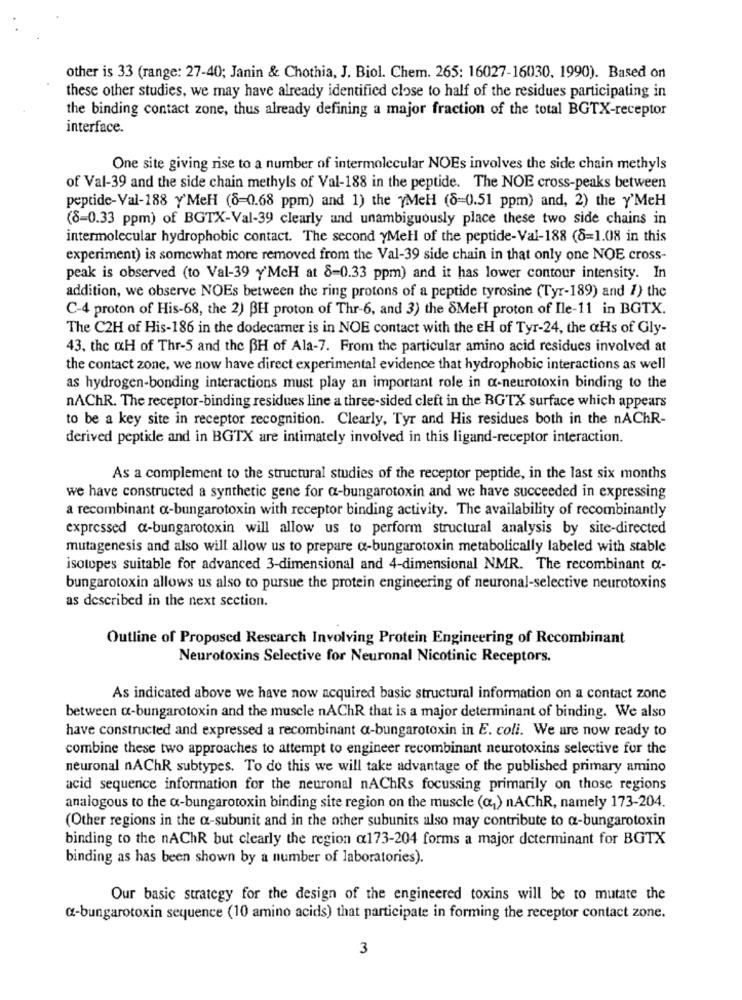
other is 33 (range: 27-40; Janin & Chothia, J. Biol. Chem. 265: 16027-16030. 1990). Based on
these other studies, we may have already identified close to half of the residues participating in
the binding contact zone, thus already defining a major fraction of the total BGTX-receptor
interface.
One site giving rise to a number of intermolecular NOEs involves the side chain methyls
of Val-39 and the side chain methyls of Val-188 in the peptide. The NOE cross-peaks between
peptide-Val-188 Y'MeH (8=0.68 ppm) and 1) the yMeH (8=0.51 ppm) and, 2) the Y'MeH
(8=0.33 ppm) of BGTX-Val-39 clearly and unambiguously place these two side chains in
intermolecular hydrophobic contact. The second yMell of the peptide-Val-188 (8=1.08 in this
experiment) is somewhat more removed from the Val-39 side chain in that only one NOE cross-
peak is observed (to Val-39 y'McH at 8=0.33 ppm) and it has lower contour intensity. In
addition, we observe NOEs between the ring protons of a peptide tyrosine (Tyr-189) and 1) the
C-4 proton of His-68, the 2) BH proton of Thr-6, and 3) the SMeH proton of Ile-11 in BGTX.
The C2H of His-186 in the dodecamer is in NOE contact with the EH of Tyr-24, the aHs of Gly-
43. the QH of Thr-5 and the BH of Ala-7. From the particular amino acid residues involved at
the contact zone, we now have direct experimental evidence that hydrophobic interactions as well
as hydrogen-bonding interactions must play an important role in a-neurotoxin binding to the
nAChR. The receptor-binding residues line a three-sided cleft in the RGTX surface which appears
to be a key site in receptor recognition. Clearly, Tyr and His residues both in the nAChR-
derived peptide and in BGTX are intimately involved in this ligand-receptor interaction.
As a complement to the structural studies of the receptor peptide, in the last six months
we have constructed a synthetic gene for a-bungarotoxin and we have succeeded in expressing
a recombinant a-bungarotoxin with receptor binding activity. The availability of recombinantly
expressed a-bungarotoxin will allow us to perform structural analysis by site-directed
mutagenesis and also will allow us to prepare o-bungarotoxin metabolically labeled with stable
isotopes suitable for advanced 3-dimensional and 4-dimensional NMR. The recombinant a-
bungarotoxin allows us also to pursue the protein engineering of neuronal-selective neurotoxins
as described in the next section.
Outline of Proposed Rescarch Involving Protein Engineering of Recombinant
Neurotoxins Selective for Neuronal Nicotinic Receptors.
As indicated above we have now acquired basic structural information on a contact zone
between a-bungarotoxin and the muscle nAChR that is a major determinant of binding. We also
have constructed and expressed a recombinant a-bungarotoxin in E. coli. We are now ready to
combine these two approaches to attempt to engineer recombinant neurotoxins selective for the
neuronal nAChR subtypes. To do this we will take advantage of the published primary amino
acid sequence information for the neuronal nAChRs focussing primarily on those regions
analogous to the a-bungarotoxin binding site region on the muscle (a) nAChR, namely 173-204.
(Other regions in the a-subunit and in the other subunits also may contribute to a-bungarotoxin
binding to the nAChR but clearly the region @173-204 forms a major determinant for BGTX
binding as has been shown by a number of laboratories).
Our basic strategy for the design of the engineered toxins will be to mutate the
@-bungarotoxin sequence (10 amino acids) that participate in forming the receptor contact zone.
3